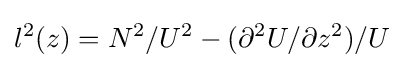
l^{2}(z)=N^{2}/U^{2}-(\partial ^{2}U/\partial z^{2})/U